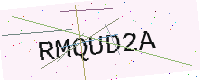
Text: RMQUD2A